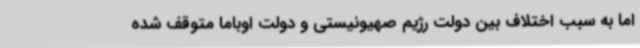
اما به سبب اختلاف بین دولت رژیم صهیونیستی و دولت اوباما متوقف شده